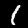
Digit: 1